Senior Leaving Certificate Examination (including Day School Certificate (Higher) General paper), 1947
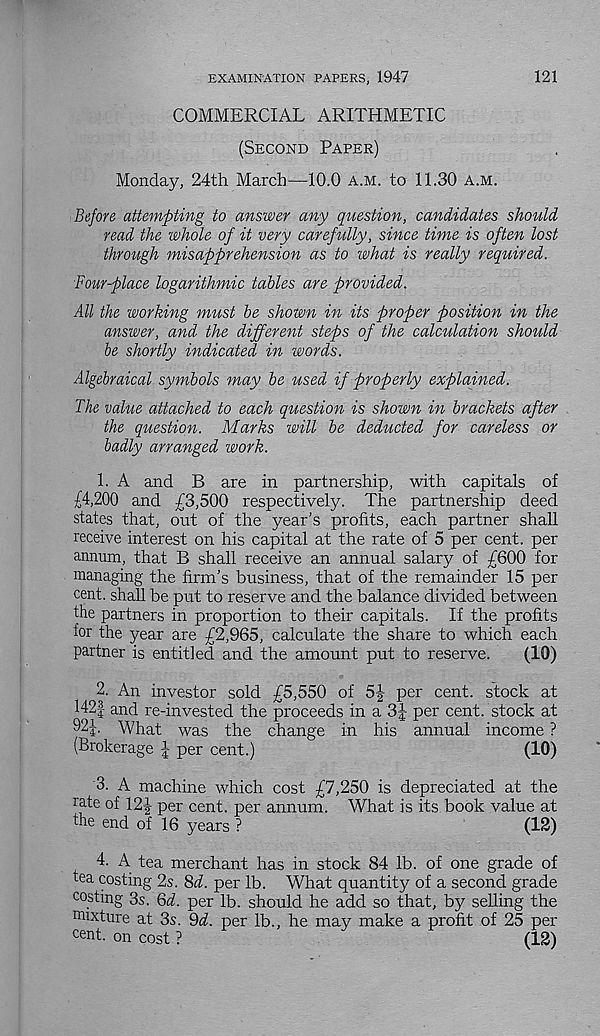
EXAMINATION PAPERS, 1947
121
COMMERCIAL ARITHMETIC
(Second Paper)
Monday, 24th March—10.0 a.m. to 11.30 a.m.
Before attempting to answer any question, candidates should
read the whole of it very carefully, since time is often lost
through misapprehension as to what is really required.
Four-place logarithmic tables are provided.
All the working must be shown in its proper position in the
answer, and the different steps of the calculation shoiild
be shortly indicated in words.
Algebraical symbols may be used if properly explained.
The value attached to each question is shown in brackets after
the question. Marks will be deducted for careless or
badly arranged work.
1. A and B are in partnership, with capitals of
£4,200 and £3,500 respectively. The partnership deed
states that, out of the year's profits, each partner shall
receive interest on his capital at the rate of 5 per cent, per
annum, that B shall receive an annual salary of £600 for
managing the firm's business, that of the remainder 15 per
cent, shall be put to reserve and the balance divided between
the partners in proportion to their capitals. If the profits
for the year are £2,965, calculate the share to which each
partner is entitled and the amount put to reserve.
(10)
2. An investor sold £5,550 of 5£ per cent, stock at
142| and re-invested the proceeds in a 3J per cent, stock at
92J. What was the change in his annual income ?
(Brokerage J per cent.)
(10)
3. A machine which cost £7,250 is depreciated at the
cate of 12J per cent, per annum. What is its book value at
the end of 16 years ?
(12)
4. A tea merchant has in stock 84 lb. of one grade of
tea costing 2s. 8d. per lb. What quantity of a second grade
costing 3s. 6d. per lb. should he add so that, by selling the
mixture at 3s. 9d. per lb., he may make a profit of 25 per
cent, on cost ?
(12)